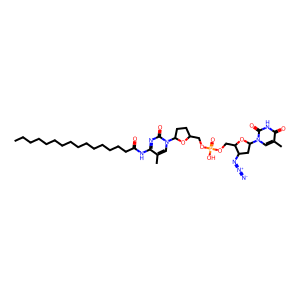
SMILES: CCCCCCCCCCCCCCCC(=O)Nc1nc(=O)n(C2CCC(COP(=O)(O)OCC3OC(n4cc(C)c(=O)[nH]c4=O)CC3N=[N+]=[N-])O2)cc1C
Inhibits HIV replication: Yes